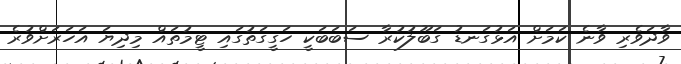
ވާދަވެރި ވާނެ ކަމަށް އަޅުގަނޑު ގަބޫލުކުރާ ސަބަބަކީ ހަގީގަތުގައި ޓީމުތައް މިދިޔަ އަހަރަށްވުރެ